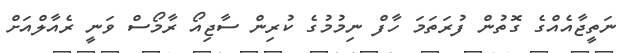
ނަތީޖާއެއްގެ ގޮތުން ފުރަތަމަ ހާފް ނިމުމުގެ ކުރިން ސާޖިއޯ ރާމޯސް ވަނީ ރެއާލްއަށް